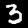
Digit: 3